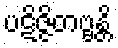
ပဋိဇ္ဇိတဗ္ဗန္တိ